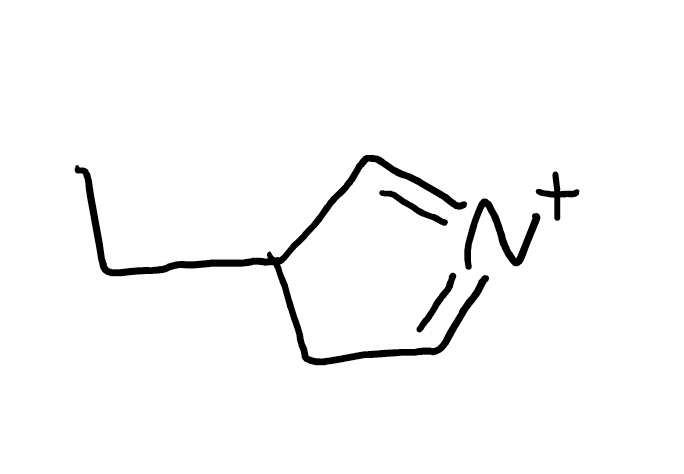
Simplified molecular-input line-entry system (SMILES) notation of the given molecule:
CCC1CC=[N+]=C1